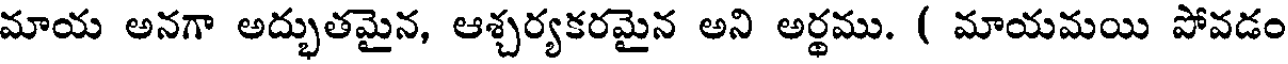
మాయ అనగా అద్భుతమైన, ఆశ్చర్యకరమైన అని అర్థము. ( మాయమయి పోవడం